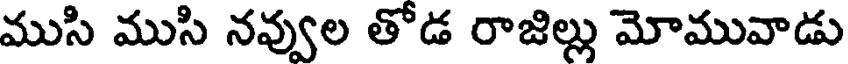
ముసి ముసి నవ్వుల తోడ రాజిల్లు మోమువాడు